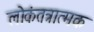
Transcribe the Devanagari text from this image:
लोकंतत्रात्मक